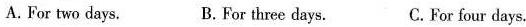
A.For two days. B.For three days. C.For four days.